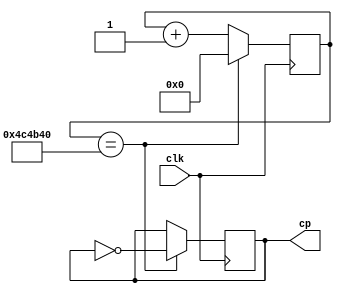
`timescale 1ns / 1ps
//////////////////////////////////////////////////////////////////////////////////
// Company: 
// Engineer: 
// 
// Design Name: 
// Module Name: Clock
// Project Name: 
// Target Devices: 
// Tool Versions: 
// Description: 
// 
// Dependencies: 
// 
// Revision:
// Revision 0.01 - File Created
// Additional Comments:
// 
//////////////////////////////////////////////////////////////////////////////////


module Clock(clk,cp);
    input clk;
    output reg cp;
    reg [31:0] t = 32'd0;
    
    initial
    begin cp = 0; end
    
    always @ (posedge clk)
    begin
      if(t == 32'd5000000)
      begin
        cp = ~cp;
        t = 32'd0;
      end
      else
        t = t + 32'd1;
    end
    
endmodule